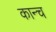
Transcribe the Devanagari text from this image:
कान्च